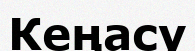
Кеңасу